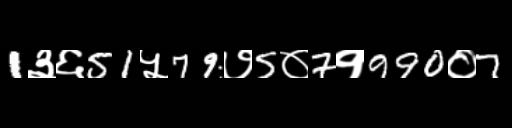
Text: 1३६51५79७5०7१990०7